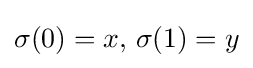
\sigma (0)=x,\,\sigma (1)=y